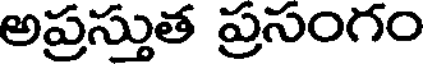
అప్రస్తుత ప్రసంగం